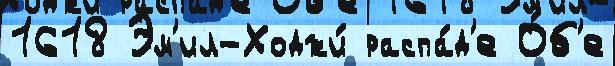
1618 Эм'ил-Ходжи́ распа́д'е О́б'е